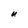
Character: U